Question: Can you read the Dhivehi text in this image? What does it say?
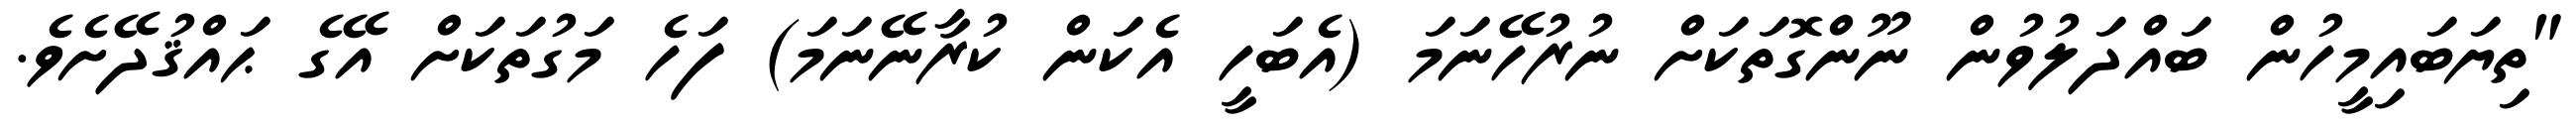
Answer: "ތިޔަބައިމީހުން ބައްދަލުވުން ނޫންގޮތަކަށް ނުރުހޭނަމަ (އެބަހީ އެކަން ކުރާނޭނަމަ) ފަހެ މަގުތަކަށް އޭގެ ޙައްޤުދޭށެވެ.